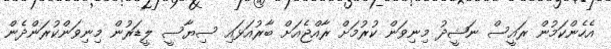
އެހެންކަމުން ރައީސް ނަޝީދު މިނިވަން ކުރުމަށް ރާއްޖެއަށް ބާރުއަޅައި ސިޔާސީ ލީޑަރުން މިނިވަންކުރަންދެން